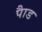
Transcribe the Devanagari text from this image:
पाैड